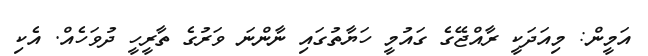
އަމީން: މިއަދަކީ ރާއްޖޭގެ ގައުމީ ހަޔާތުގައި ނާންނަ ވަރުގެ ތާރީހީ ދުވަހެއް. އެކި